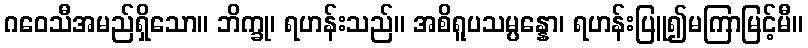
ဂဝေသီအမည်ရှိသော။ ဘိက္ခု၊ ရဟန်းသည်။ အစိရူပသမ္ပန္နော၊ ရဟန်းပြူ၍မကြာမြင့်မီ။